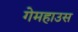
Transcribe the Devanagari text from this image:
गेमहाउस